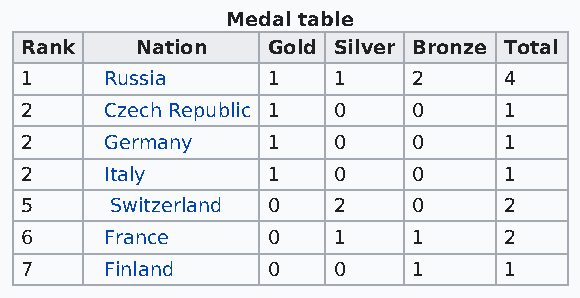
Medal table
 Rank    Nation   Gold Silver Bronze Total
 1     Russia     1   1    2     4
 2     Czech Republic 1 0  0     1
 2     Germany    1   0    0     1
 2     Italy      1   0    0     1
 5     Switzerland 0  2    0     2
 6     France     0   1    1     2
 7     Finland    0   0    1     1